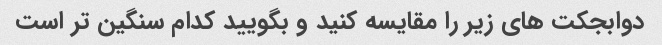
دوابجکت های زیر را مقایسه کنید و بگویید کدام سنگین تر است